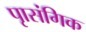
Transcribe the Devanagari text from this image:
पृासंगिक